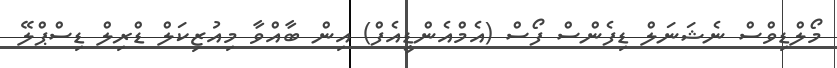
މޯލްޑިވްސް ނެޝަނަލް ޑިފެންސް ފޯސް (އެމްއެންޑީއެފް) އިން ބާއްވާ މިއުޒިކަލް ޑްރިލް ޑިސްޕްލޭ